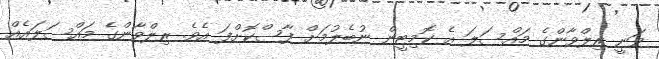
ވަނީ ރިލްވާންގެ މައްސަލަ އެ ކޮމިޓީން ނުބެލުމަށް ފާސްކޮށްފަ އެވެ. ރިލްވާންގެ މައްސަލައެއް